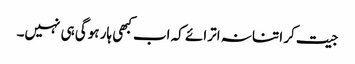
جیت کر اتنا نہ اترائے کہ اب کبھی ہار ہوگی ہی نہیں۔